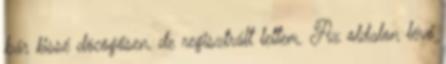
bár kissé döcögősen, de regisztrált lettem. Az oldalon lévő